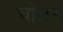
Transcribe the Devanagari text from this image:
चोळर्